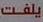
يلفت